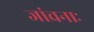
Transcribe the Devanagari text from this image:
जांचनाः